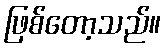
ဖြစ်တော့သည်။